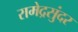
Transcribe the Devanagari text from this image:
रामेद्रसुंदर